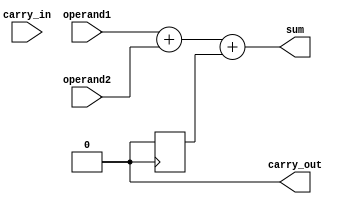
module carry_detect_adder (
    input [7:0] operand1,
    input [7:0] operand2,
    input carry_in,
    output reg [7:0] sum,
    output reg carry_out
);

// Internal Signals
reg [7:0] temp_sum;
reg carry_in_temp;

// Adder Logic
always @ (operand1 or operand2 or carry_in) begin
    temp_sum = operand1 + operand2 + carry_in_temp;
    sum = temp_sum[7:0];
    carry_out = (temp_sum[8] == 1) ? 1 : 0;
end

// Carry-in signal assignment
always @ (posedge carry_out) begin
    carry_in_temp <= carry_out;
end

endmodule